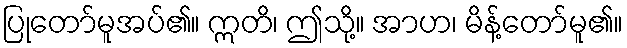
ပြုတော်မူအပ်၏။ ဣတိ၊ ဤသို့။ အာဟ၊ မိန့်တော်မူ၏။